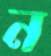
ন